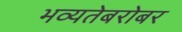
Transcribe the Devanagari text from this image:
भव्यतेबरोबर